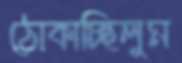
ঠোকাচ্ছিলুম